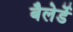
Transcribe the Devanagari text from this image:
बैलेर्डे